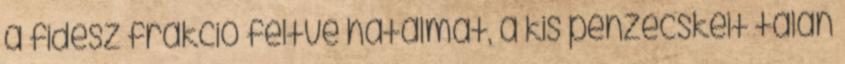
a fidesz frakció féltve hatalmát, a kis pénzecskéit talán